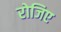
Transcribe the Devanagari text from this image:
रोजिए